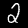
Digit: 2